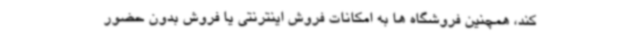
کند، همچنین فروشگاه ها به امکانات فروش اینترنتی یا فروش بدون حضور